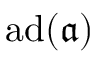
\operatorname { a d } ( { \mathfrak { a } } )